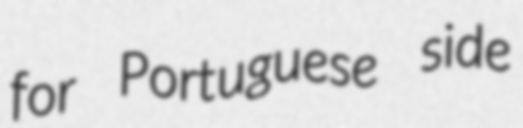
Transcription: for Portuguese side